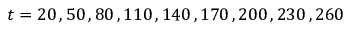
t = 2 0 \, , 5 0 \, , 8 0 \, , 1 1 0 \, , 1 4 0 \, , 1 7 0 \, , 2 0 0 \, , 2 3 0 \, , 2 6 0